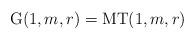
LaTeX: \begin{align*} \mathrm{G}(1,m,r)=\mathrm{MT}(1,m,r) \end{align*}